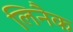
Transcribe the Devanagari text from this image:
लिनैक